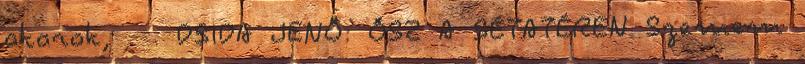
akarok, . . DSIDA JENŐ: ŐSZ A SÉTATÉREN Szemem